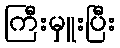
ကြီးမှူးပြီး